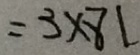
= 3 \times 8 1